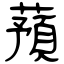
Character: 蕷